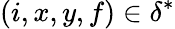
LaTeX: (i,x,y,f)\in\delta^{*}